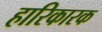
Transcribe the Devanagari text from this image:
हारिकारक